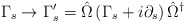
\begin{align*}\Gamma_s \rightarrow \Gamma_s^\prime = \hat{\Omega} \left( \Gamma_s + i \partial_s \right) \hat{\Omega}^\dagger\end{align*}